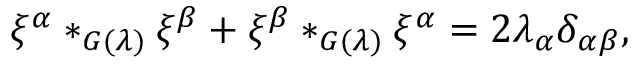
\xi ^ { \alpha } * _ { G ( \lambda ) } \xi ^ { \beta } + \xi ^ { \beta } * _ { G ( \lambda ) } \xi ^ { \alpha } = 2 \lambda _ { \alpha } \delta _ { \alpha \beta } ,